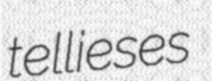
tellieses